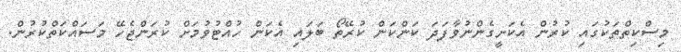
މިސްކިތްތަކުގައި ކުރުން އެކަށީގެންނުވާފަދަ ކަންކަން ކުރޭތޯ ބަލައި އެކަން ހުއްޓުވުމަށް ކުރަންޖެހޭ މަސައްކަތްކުރުން.